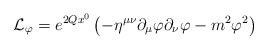
\begin{align*}{\cal L}_\varphi= e^{2Qx^0}\left(-\eta^{\mu\nu} \partial_\mu \varphi \partial_\nu \varphi - m^2 \varphi^2\right)\end{align*}